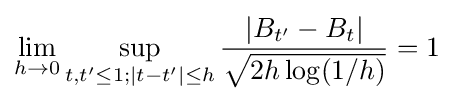
\lim _{h\to 0}\sup _{t,t'\leq 1;|t-t'|\leq h}{\frac {|B_{t'}-B_{t}|}{\sqrt {2h\log(1/h)}}}=1